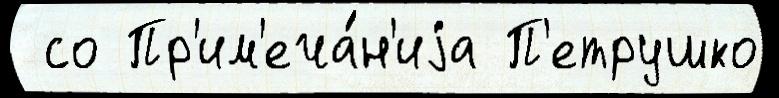
 со Пр'им'еча́н'иjа П'етрушко